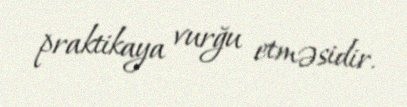
praktikaya vurğu etməsidir.